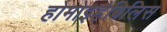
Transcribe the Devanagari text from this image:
होमोइहैबिलिस